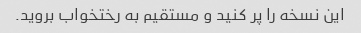
این نسخه را پر کنید و مستقیم به رختخواب بروید.